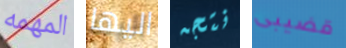
المهمه اليها نتجه قضيبى